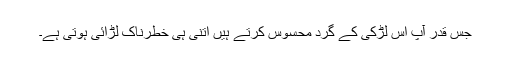
جس قدر آپ اس لڑکی کے گرد محسوس کرتے ہیں اتنی ہی خطرناک لڑائی ہوتی ہے۔